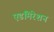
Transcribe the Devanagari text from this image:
एडमिरेशन